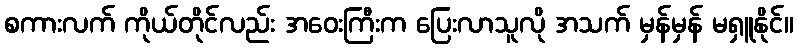
စကားလက် ကိုယ်တိုင်လည်း အဝေးကြီးက ပြေးလာသူလို အသက် မှန်မှန် မရှူနိုင်။